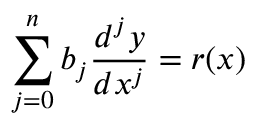
\sum _ { j = 0 } ^ { n } b _ { j } { \frac { d ^ { j } y } { d x ^ { j } } } = r ( x ) \,